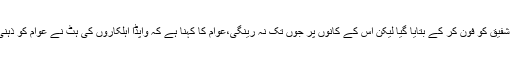
مسلسل مقامی لائن سپریٹنڈنٹ شفیق کو فون کر کے بتایا گیا لیکن اس کے کانوں پر جوں تک نہ رینگی،عوام کا کہنا ہے کہ واپڈا اہلکاروں کی ہٹ نے عوام کو ذہنی اذیت میں مبتلا کررکھا ہے۔